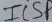
Text: ICSP